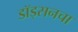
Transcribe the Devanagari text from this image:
डॉड्सनचा